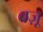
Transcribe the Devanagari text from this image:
वज़ू